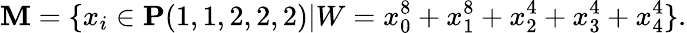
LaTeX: \mathbf{M}=\{ x_{i}\in{\mathbf{P}}(1,1,2,2,2)|W=x_{0}^{8}+x_{1}^{8}+x_{2}^{4}+x_{3}^{4}+x_{4}^{4}\} .